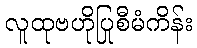
လူထုဗဟိုပြုစီမံကိန်း